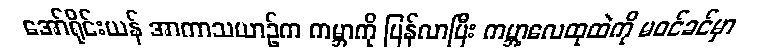
အော်ရိုင်းယန် အာကာသယာဉ်က ကမ္ဘာကို ပြန်လာပြီး ကမ္ဘာ့လေထုထဲကို မဝင်ခင်မှာ